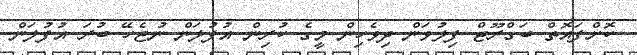
ކޮށްފައޮތް ބަގްރޫޓް ފިލުވަން ދިވެހިން މީގެ ކުރިން އުފުލަން ނުޖެހޭ ބުރަ އުފުލަން